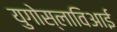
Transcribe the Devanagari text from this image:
युगोस्लाविआई